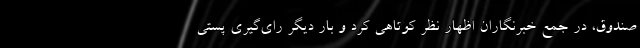
صندوق، در جمع خبرنگاران اظهار نظر کوتاهی کرد و بار دیگر رای‌گیری پستی